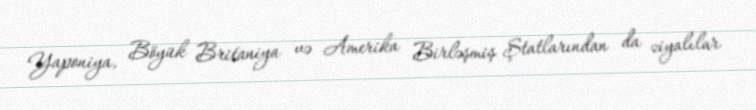
Yaponiya, Böyük Britaniya və Amerika Birləşmiş Ştatlarından da ziyalılar